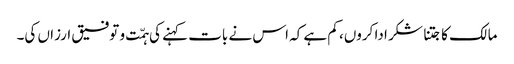
مالک کا جتنا شکر ادا کروں، کم ہے کہ اس نے بات کہنے کی ہمّت و توفیق ارزاں کی۔